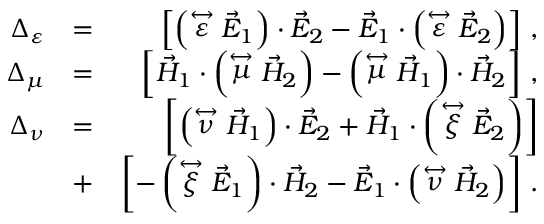
\begin{array} { r l r } { \Delta _ { \varepsilon } } & { = } & { \left\lbrack \left( \stackrel { \leftrightarrow } { \varepsilon } \vec { E } _ { 1 } \right) \cdot \vec { E } _ { 2 } - \vec { E } _ { 1 } \cdot \left( \stackrel { \leftrightarrow } { \varepsilon } \vec { E } _ { 2 } \right) \right\rbrack \, , } \\ { \Delta _ { \mu } } & { = } & { \left\lbrack \vec { H } _ { 1 } \cdot \left( \stackrel { \leftrightarrow } { \mu } \vec { H } _ { 2 } \right) - \left( \stackrel { \leftrightarrow } { \mu } \vec { H } _ { 1 } \right) \cdot \vec { H } _ { 2 } \right\rbrack \, , } \\ { \Delta _ { \nu } } & { = } & { \left\lbrack \left( \stackrel { \leftrightarrow } { \nu } \vec { H } _ { 1 } \right) \cdot \vec { E } _ { 2 } + \vec { H } _ { 1 } \cdot \left( \stackrel { \leftrightarrow } { \xi } \vec { E } _ { 2 } \right) \right\rbrack } \\ & { + } & { \left\lbrack - \left( \stackrel { \leftrightarrow } { \xi } \vec { E } _ { 1 } \right) \cdot \vec { H } _ { 2 } - \vec { E } _ { 1 } \cdot \left( \stackrel { \leftrightarrow } { \nu } \vec { H } _ { 2 } \right) \right\rbrack \, . } \end{array}